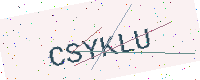
Text: CSYKLU